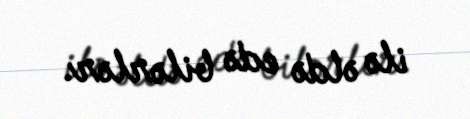
ilə əldə edə bilərlər.